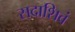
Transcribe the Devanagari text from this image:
सदाशिवं